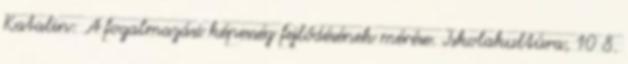
Katalin: A fogalmazási képesség fejlődésének mérése. Iskolakultúra, 10 8.